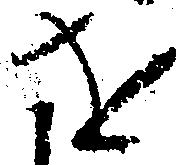
を